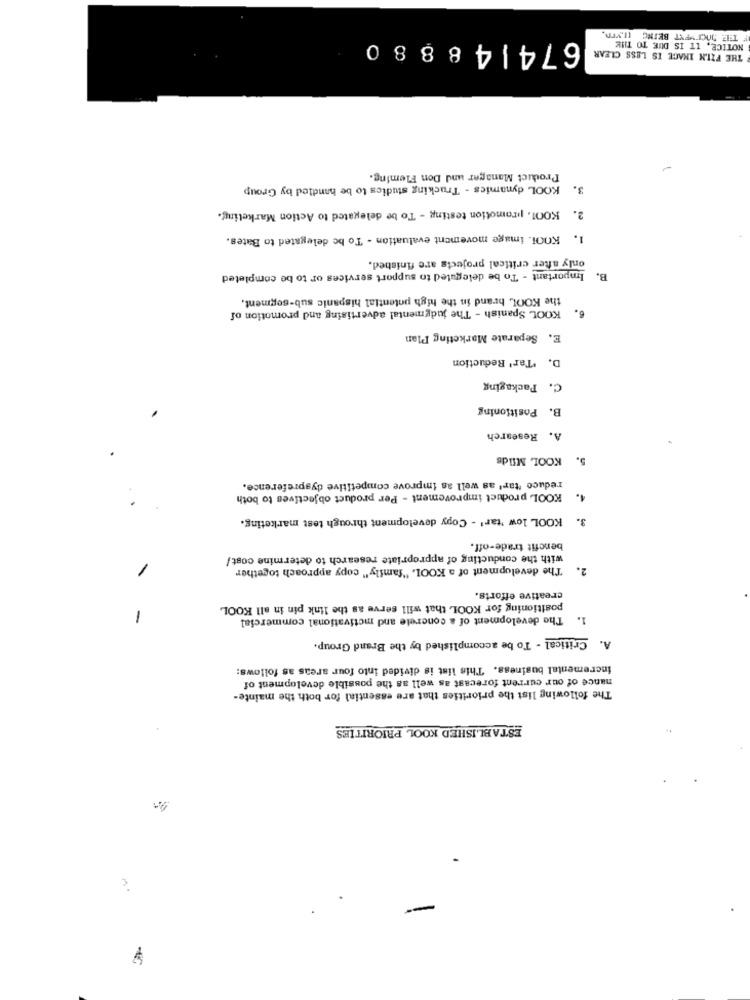
674148880
THE FILM INACE IS LESS CLEAR
NOTICE, IT IS DUE TO THE
Product Manager und Don Fleming.
3. KOOL dynamics - Trucking studies to be handled by Group
2. KOO1. promotion testing - To be delegated to Action Marketing.
KOOI. image movement evaluation - To be delegated to Bates.
1.
only after critical projects are finished.
Important - To be deleguled to support services or to be completed
B.
the KOOL brand in the high potential hispanic sub-segment.
KOOL Spanish - The judgmental advertising and promotion of
6.
E. Separate Marketing Plan
D. 'Tar' Reduction
Packaging
C.
Positioning
B.
A. Research
KOOL Milds
5.
reduce "tar' as well as improve competitive dyspreference.
KOOL product improvement - Per product objectives to both
4.
3. KOOL low 'tar' - Copy development through test marketing.
benefit trade-off.
with the conducting of appropriate research to determine cost/
The development of a KOOL. "family" copy approach together
2.
creative efforts.
positioning for KOOL that will serve as the link pin in all KOOL
1. The development of a concrete and motivational commercial
-
Critical - To be accomplished by the Brand Group.
A.
incremental business. This list is divided into four areas as follows:
nance of our current forecast as well as the possible development of
The following list the priorities that are essential for both the mainte-
ESTABLISHED KOOL PRIORITIES
. we